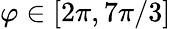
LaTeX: \varphi\in[2\pi,7\pi/3]